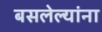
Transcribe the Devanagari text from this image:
बसलेल्यांना